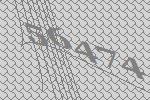
56474